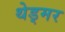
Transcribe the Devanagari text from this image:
थेड्मर